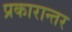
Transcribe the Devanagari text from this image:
प्रकारान्‍तर